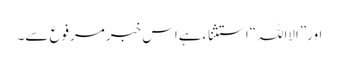
اور”الااللہ“استثناءہےاس خبرِمرفوع سے۔